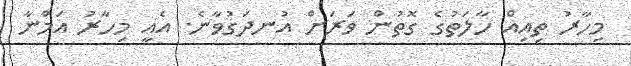
މިހާރު ތިއިއް ހާލަތުގެ ގޮތުން ވަރަށް އުނދަގުވާނެ. އެއީ މިހާރު އަމްނާ